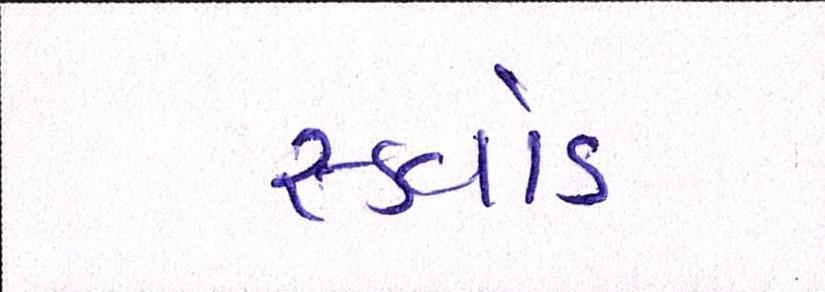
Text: સ્ક્વોડ